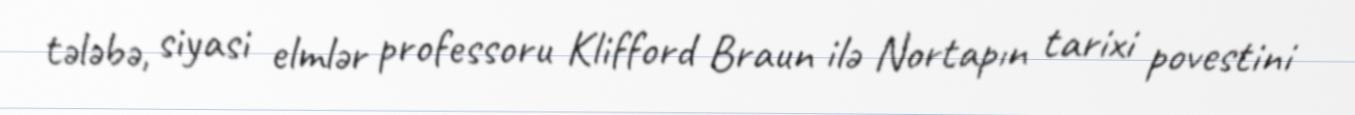
tələbə, siyasi elmlər professoru Klifford Braun ilə Nortapın tarixi povestini